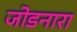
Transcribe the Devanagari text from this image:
जोडनारा